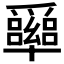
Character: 𠧏